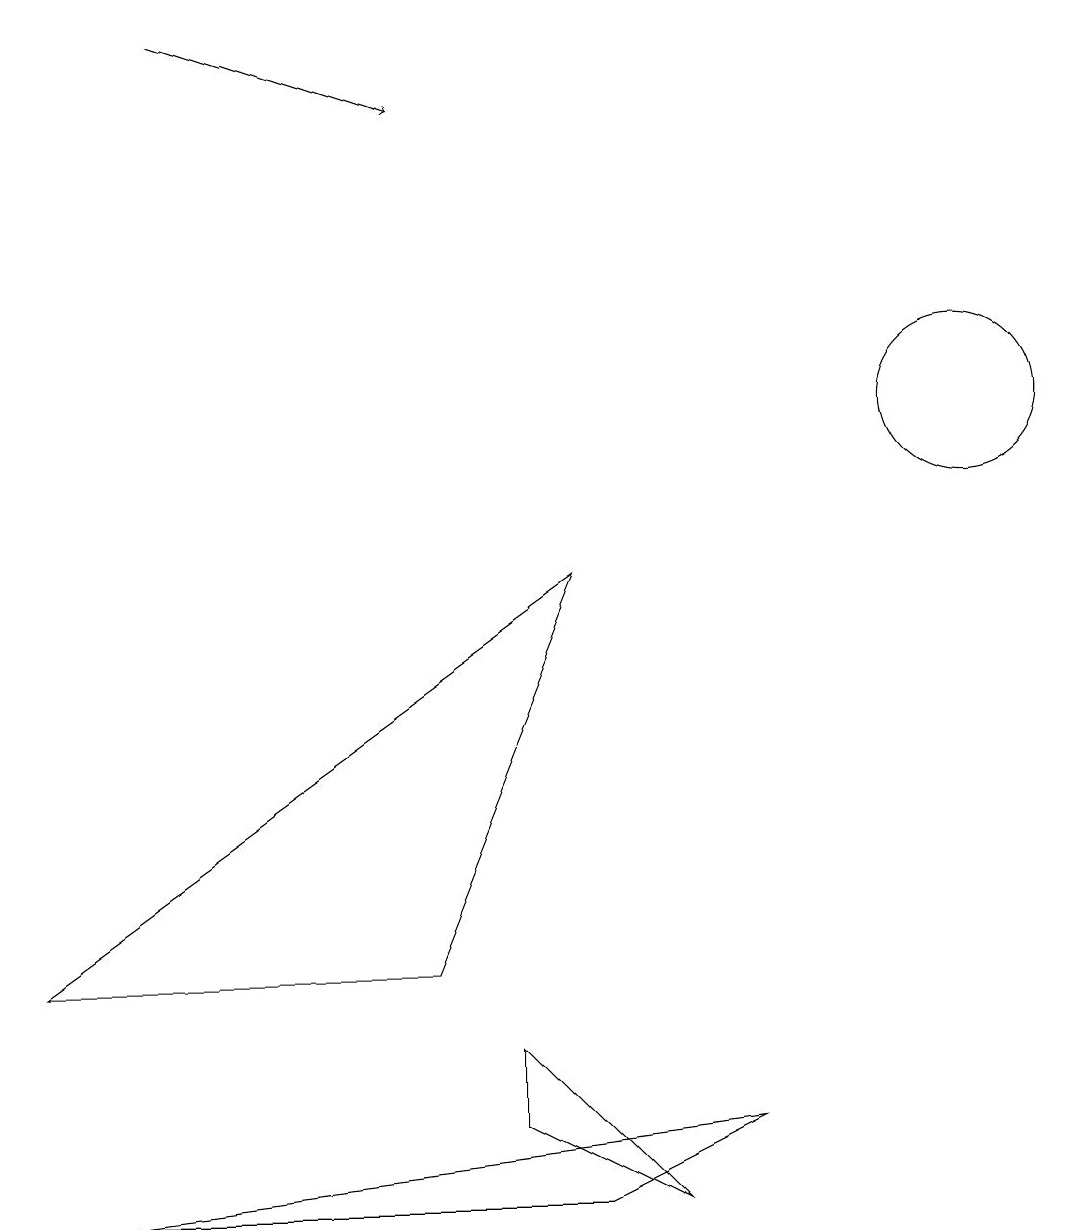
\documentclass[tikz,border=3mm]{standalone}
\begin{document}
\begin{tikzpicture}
\draw (5,3) -- (7,8) -- (0,3) -- cycle;
\draw (6,2) -- (6,1) -- (8,0) -- cycle;
\draw (12,10) circle (1);
\draw (7,0) -- (9,1) -- (1,0) -- cycle;
\draw[->] (2,15) -- (5,14);
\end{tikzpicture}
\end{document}